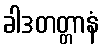
ခါဒတတ္တာနံ